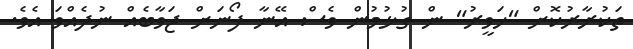
ތަކުރާރުކޮށް "ހަވީރު" ން ގުޅުމުން ވެސް އޭނާ ފޯނަށް ޖަވާބެއް ނުދެއްވަ އެވެ.